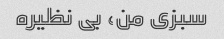
سبزی من، بی نظیره